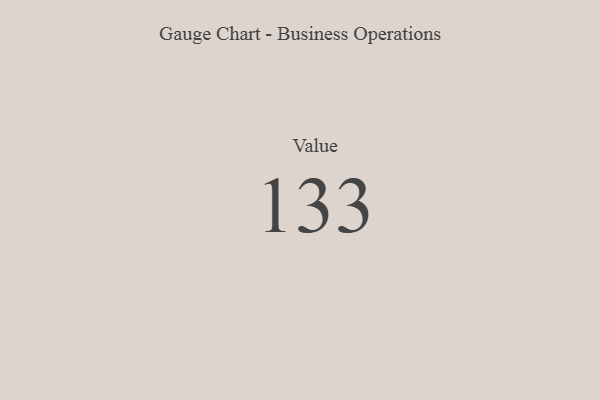
{"axis": {"x": "Metric", "y": "Value"}, "legend": [""], "data": [{"x": "Value", "y": 133, "type": ""}]}